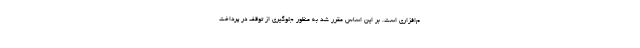
م‌افزاری است. بر این اساس مقرر شد به منظور جلوگیری از توقف در پرداخت